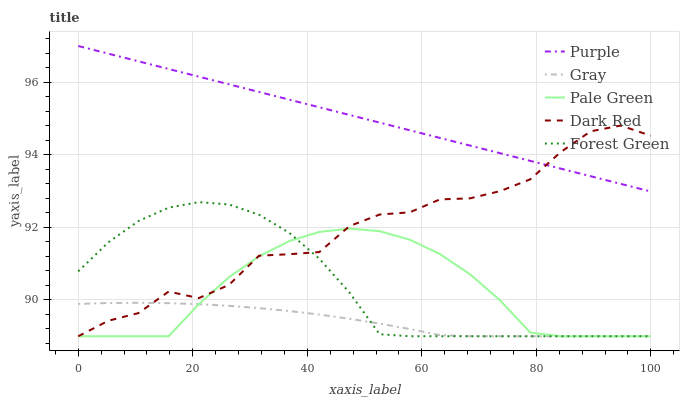
| xaxis_label | Purple | Gray | Pale Green | Dark Red | Forest Green |
 | --- | --- | --- | --- | --- | --- |
 | 0 | 97 | 89.9 | 89 | 89 | 90.8 |
 | 5.26 | 96.8 | 89.9 | 89 | 89.4 | 91.6 |
 | 10.5 | 96.6 | 89.9 | 89 | 89.6 | 92.2 |
 | 15.8 | 96.4 | 89.9 | 89 | 90.2 | 92.5 |
 | 21.1 | 96.2 | 89.9 | 89.9 | 90.1 | 92.7 |
 | 26.3 | 95.9 | 89.8 | 90.6 | 90.4 | 92.6 |
 | 31.6 | 95.7 | 89.8 | 91.2 | 91.2 | 92.4 |
 | 36.8 | 95.5 | 89.7 | 91.6 | 91.3 | 91.9 |
 | 42.1 | 95.3 | 89.6 | 91.9 | 91.3 | 91.1 |
 | 47.4 | 95.1 | 89.5 | 92 | 92 | 90.2 |
 | 52.6 | 94.9 | 89.3 | 91.9 | 92.4 | 89.1 |
 | 57.9 | 94.7 | 89.2 | 91.7 | 92.4 | 89 |
 | 63.2 | 94.5 | 89 | 91.3 | 92.8 | 89 |
 | 68.4 | 94.3 | 89 | 90.7 | 92.8 | 89 |
 | 73.7 | 94 | 89 | 90 | 93 | 89 |
 | 78.9 | 93.8 | 89 | 89.1 | 93.3 | 89 |
 | 84.2 | 93.6 | 89 | 89 | 94.1 | 89 |
 | 89.5 | 93.4 | 89 | 89 | 94.6 | 89 |
 | 94.7 | 93.2 | 89 | 89 | 94.8 | 89 |
 | 100 | 93 | 89 | 89 | 94.5 | 89 |